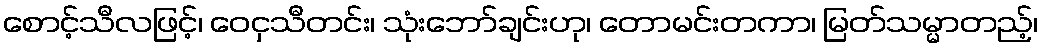
စောင့်သီလဖြင့်၊ ဝေငှသီတင်း၊ သုံးဘော်ချင်းဟု၊ တောမင်းတကာ၊ မြတ်သမ္မာတည့်၊